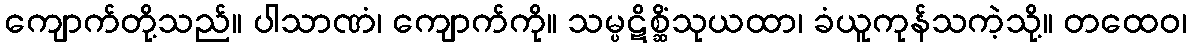
ကျောက်တို့သည်။ ပါသာဏံ၊ ကျောက်ကို။ သမ္ပဋိစ္ဆိံသုယထာ၊ ခံယူကုန်သကဲ့သို့။ တထေဝ၊